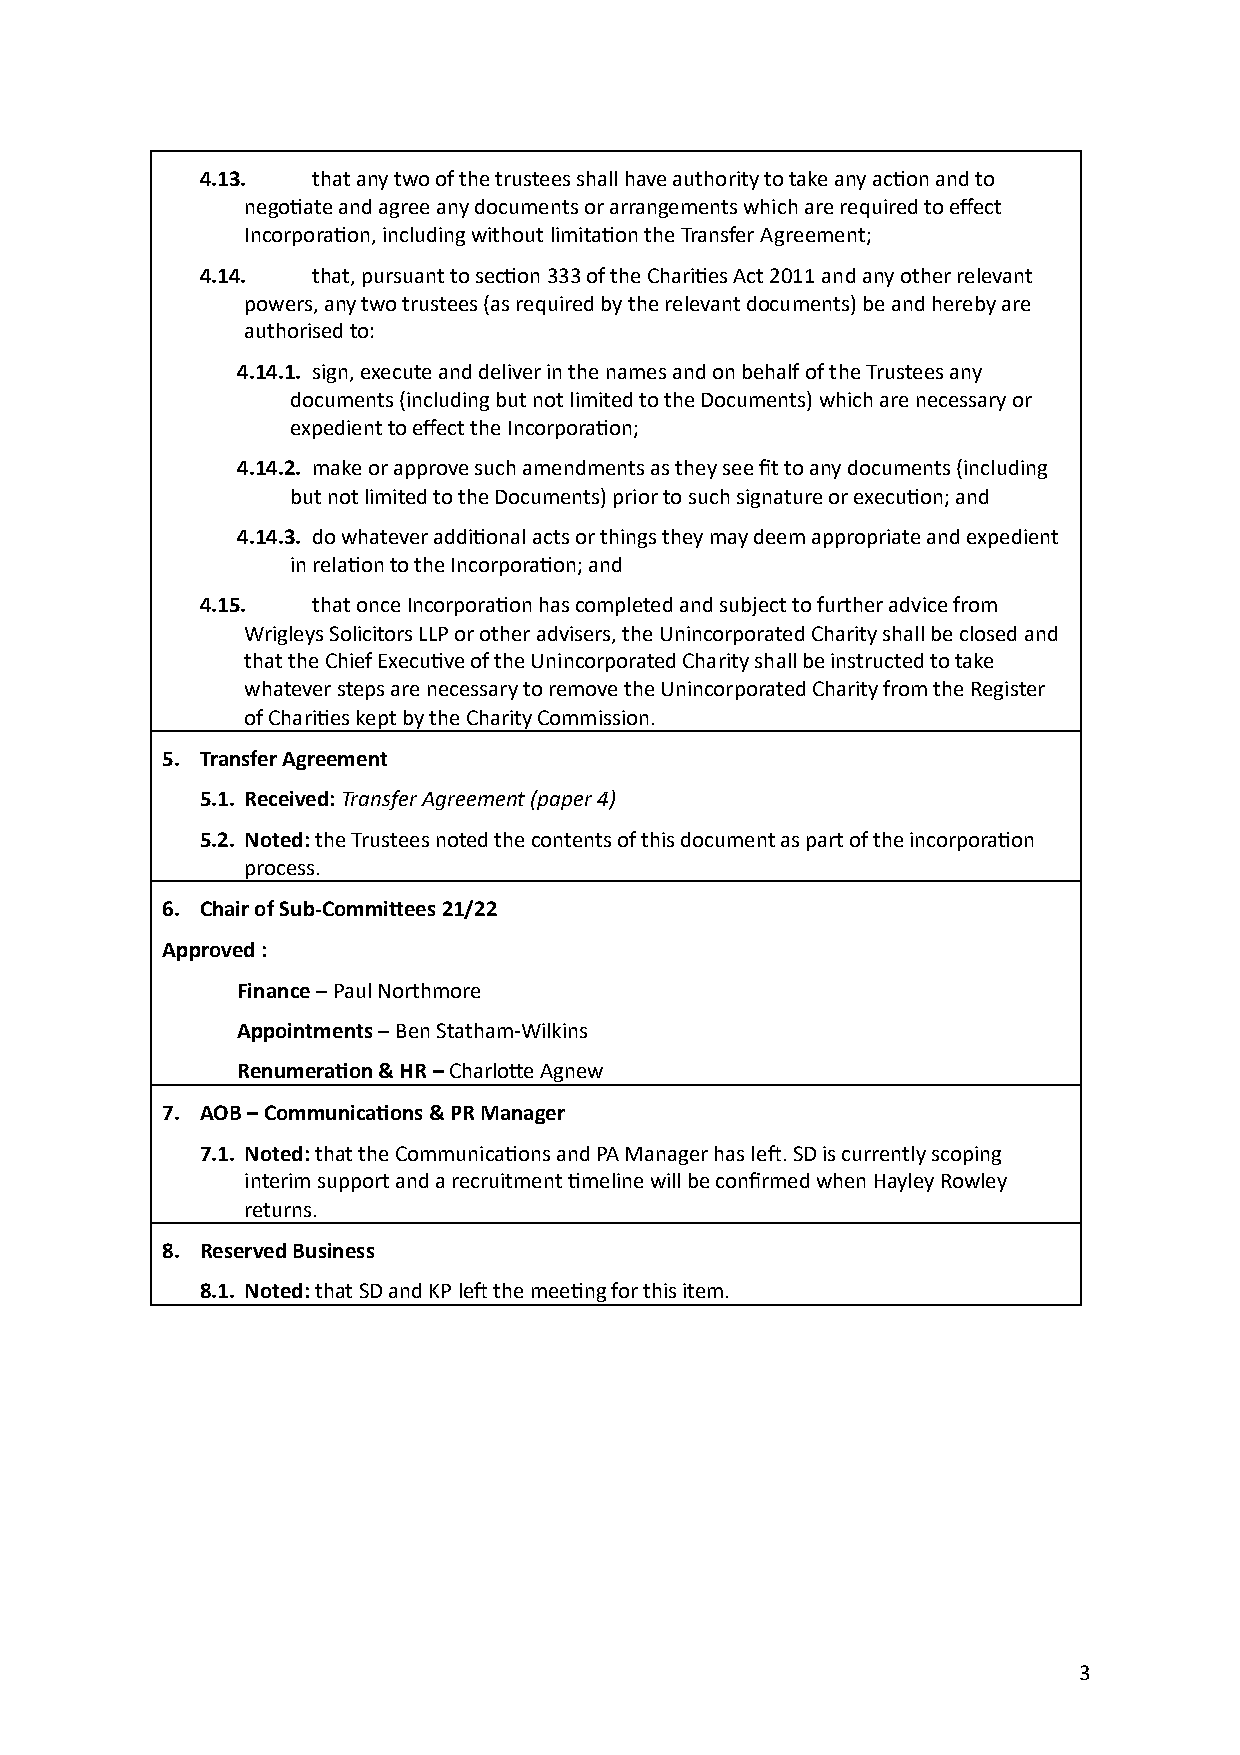
4.13.   that any two of the trustees shall have authority to take any action and to
 negotiate and agree any documents or arrangements which are required to effect
 Incorporation, including without limitation the Transfer Agreement;
 4.14.   that, pursuant to section 333 of the Charities Act 2011 and any other relevant
 powers, any two trustees (as required by the relevant documents) be and hereby are
 authorised to:
 4.14.1. sign, execute and deliver in the names and on behalf of the Trustees any
 documents (including but not limited to the Documents) which are necessary or
 expedient to effect the Incorporation;
 4.14.2. make or approve such amendments as they see fit to any documents (including
 but not limited to the Documents) prior to such signature or execution; and
 4.14.3. do whatever additional acts or things they may deem appropriate and expedient
 in relation to the Incorporation; and
 4.15.   that once Incorporation has completed and subject to further advice from
 Wrigleys Solicitors LLP or other advisers, the Unincorporated Charity shall be closed and
 that the Chief Executive of the Unincorporated Charity shall be instructed to take
 whatever steps are necessary to remove the Unincorporated Charity from the Register
 of Charities kept by the Charity Commission.
 5. Transfer Agreement
 5.1. Received: Transfer Agreement (paper 4)
 5.2. Noted: the Trustees noted the contents of this document as part of the incorporation
 process.
 6. Chair of Sub-Committees 21/22
 Approved :
 Finance – Paul Northmore
 Appointments – Ben Statham-Wilkins
 Renumeration & HR – Charlotte Agnew
 7. AOB – Communications & PR Manager
 7.1. Noted: that the Communications and PA Manager has left. SD is currently scoping
 interim support and a recruitment timeline will be confirmed when Hayley Rowley
 returns.
 8. Reserved Business
 8.1. Noted: that SD and KP left the meeting for this item.
 3